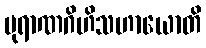
ပုရာဏဂိဟိသဟာယောတိ